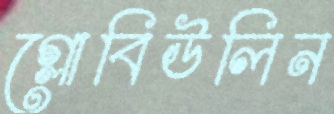
গ্লোবিউলিন